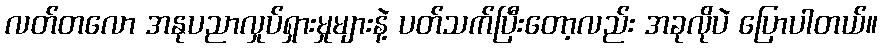
လတ်တလော အနုပညာလှုပ်ရှားမှုများနဲ့ ပတ်သက်ပြီးတော့လည်း အခုလိုပဲ ပြောပါတယ်။